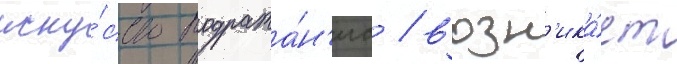
иску́сство подража́н'иа / возн'ика́ет